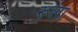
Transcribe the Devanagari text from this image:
रूला